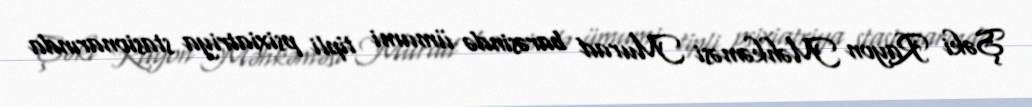
Şəki Rayon Məhkəməsi Murad barəsində ümumi tipli psixiatriya stasionarında